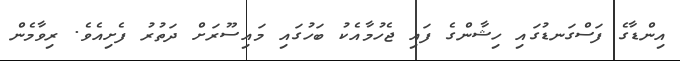
އިންޑާގެ ފަސްގަނޑުގައި ހިޝާންގެ ފައި ޖެހުމާއެކު ބަހުގައި މައިސޫރަށް ދަތުރު ފެށިއެވެ. ރިވާމެން